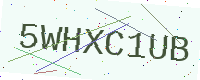
Text: 5WHXC1UB